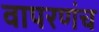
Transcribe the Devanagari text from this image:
वापरणंच